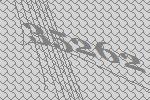
35262